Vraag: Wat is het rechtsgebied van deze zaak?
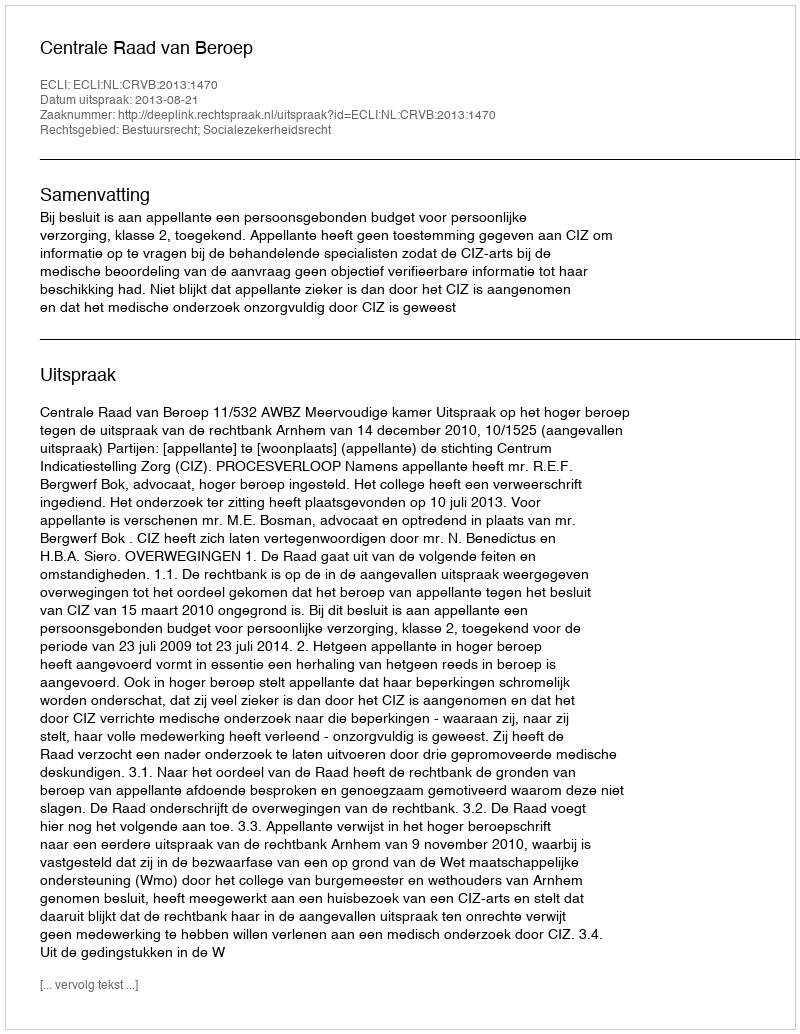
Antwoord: Bestuursrecht; Socialezekerheidsrecht